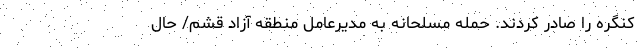
کنگره را صادر کردند. حمله مسلحانه به مدیرعامل منطقه آزاد قشم/ حال